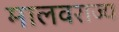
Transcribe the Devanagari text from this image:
मालवराज्य